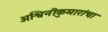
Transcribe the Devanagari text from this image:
अश्विनीकुमारांचा